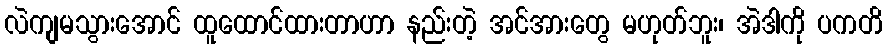
လဲကျမသွားအောင် ထူထောင်ထားတာဟာ နည်းတဲ့ အင်အားတွေ မဟုတ်ဘူး၊ အဲဒါကို ပကတိ